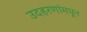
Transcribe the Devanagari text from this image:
उदहरणांमधून